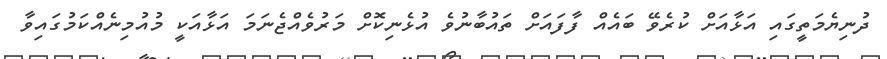
ދުނިޔެމަތީގައި އަޅާއަށް ކުރެވޭ ބައެއް ފާފައަށް ތައުބާނުވެ އުޅެނިކޮށް މަރުވެއްޖެނަމަ އަޅާއަކީ މުއުމިނެއްކަމުގައިވާ